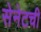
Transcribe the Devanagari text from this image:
सेनेटची